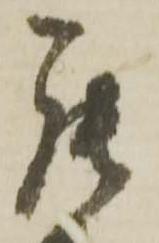
罷